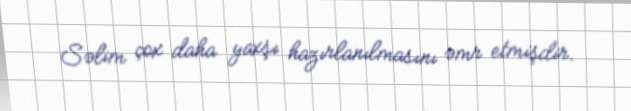
Səlim çox daha yaxşı hazırlanılmasını əmr etmişdir.